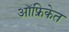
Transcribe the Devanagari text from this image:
ऑफ्रिकेत